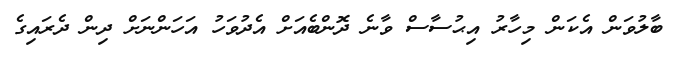
ބާލުވަން އެކަން މިހާރު އިޙުސާސް ވާނެ ދޮންބެއަށް އެދުވަހު އަހަންނަށް ދިން ދެރައިގެ